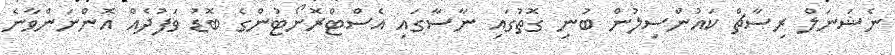
ނެޝަނަލް ރިސާޗް ކައުންސިލުން ބުނި ގޮތުގައި ނާސާގައި އެސްޓްރޮނޯޓުންގެ ބޮޑު ވަފުދެއް އޮންނަންވާނެ